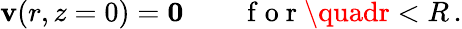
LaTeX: \boldsymbol{\mathbf{v}}(r,z=0)=\boldsymbol{0}\qquad\mathrm{{~f~o~r~}}\quadr<R\, .